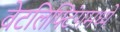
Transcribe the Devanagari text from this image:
वेटलिफ्टिंगमध्ये